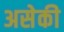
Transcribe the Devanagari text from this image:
असेकी